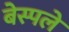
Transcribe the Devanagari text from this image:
बेस्पले